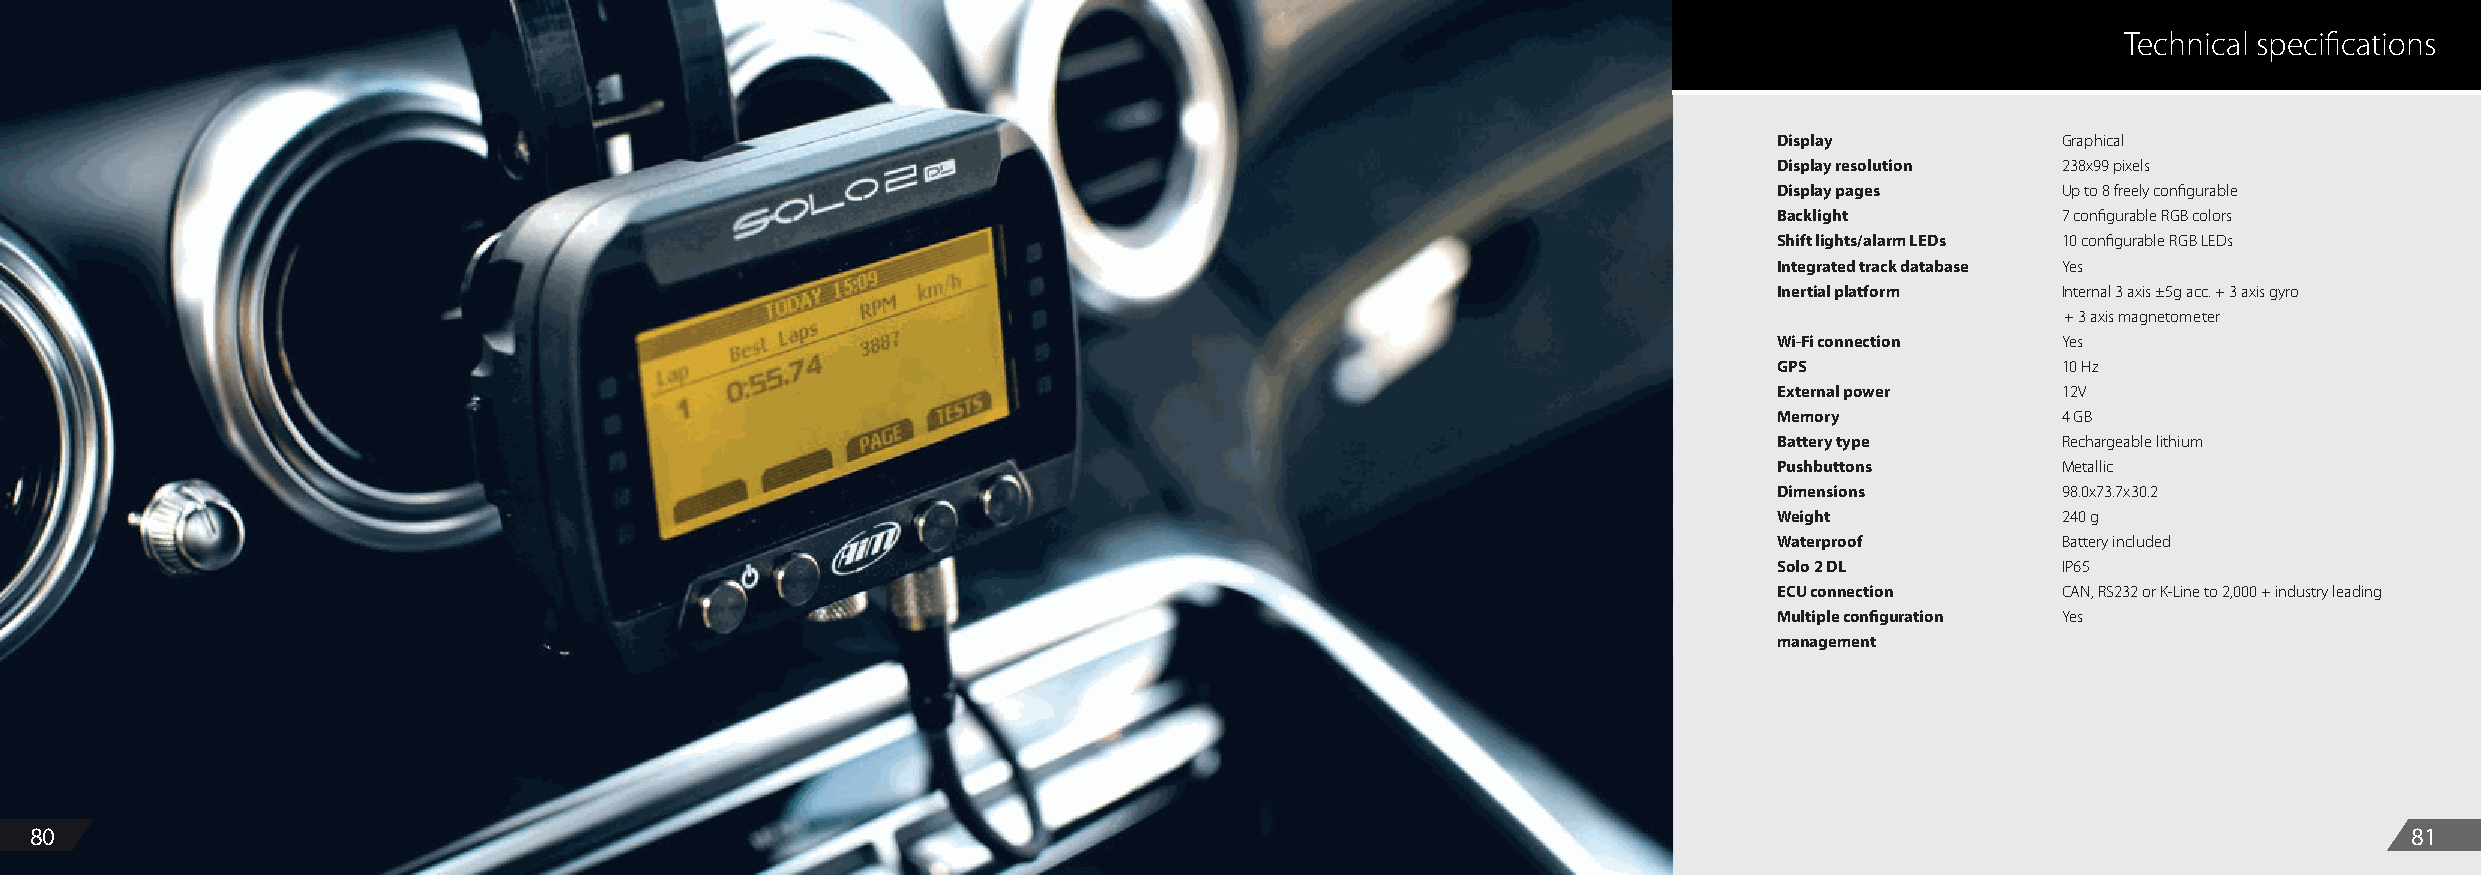
Technical specifications
 Display           Graphical
 Display resolution 238x99 pixels
 Display pages     Up to 8 freely configurable
 Backlight         7 configurable RGB colors
 Shift lights/alarm LEDs 10 configurable RGB LEDs
 Integrated track database Yes
 Inertial platform Internal 3 axis ±5g acc. + 3 axis gyro
 + 3 axis magnetometer
 Wi-Fi connection  Yes
 GPS               10 Hz
 External power    12V
 Memory            4 GB
 Battery type      Rechargeable lithium
 Pushbuttons       Metallic
 Dimensions        98.0x73.7x30.2
 Weight            240 g
 Waterproof        Battery included
 Solo 2 DL         IP65
 ECU connection    CAN, RS232 or K-Line to 2,000 + industry leading
 Multiple configuration Yes
 management
 80                                                                                                                                                            81